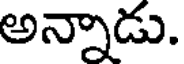
అన్నాడు.